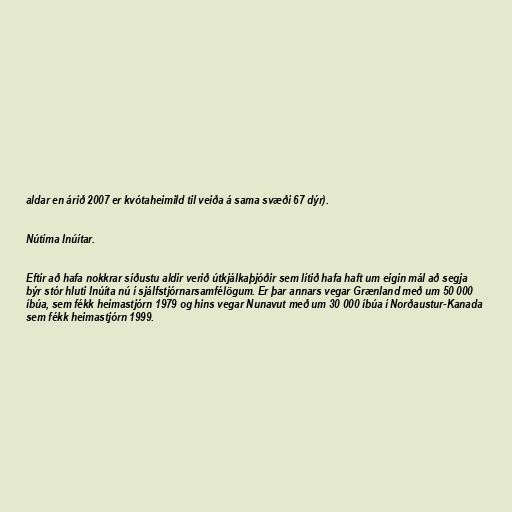
aldar en árið 2007 er kvótaheimild til veiða á sama svæði 67 dýr).

Nútíma Inúítar.

Eftir að hafa nokkrar síðustu aldir verið útkjálkaþjóðir sem lítið hafa haft um eigin mál að segja
býr stór hluti Inúíta nú í sjálfstjórnarsamfélögum. Er þar annars vegar Grænland með um 50 000
íbúa, sem fékk heimastjórn 1979 og hins vegar Nunavut með um 30 000 íbúa í Norðaustur-Kanada
sem fékk heimastjórn 1999.